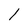
Character: 1